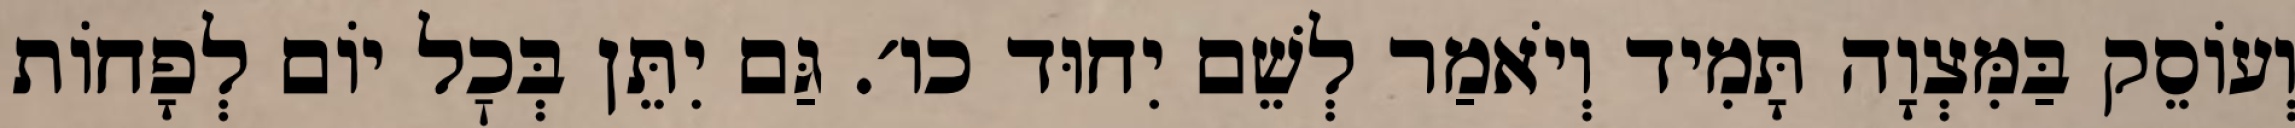
וְעוֹסֵק בַּמִּצְוָה תָּמִיד וְיֹאמַר לְשֵׁם יִחוּד כו׳. גַּם יִתֵּן בְּכׇל יוֹם לְפָחוֹת